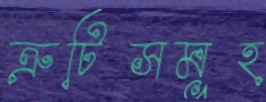
ত্রুটিসমূহ